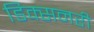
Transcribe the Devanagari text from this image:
डिक्सनरी